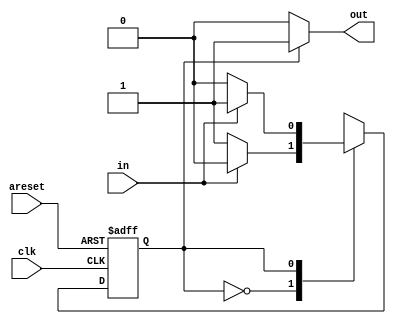
module top_module(
    input clk,
    input areset,    // Asynchronous reset to state B
    input in,
    output out);//  

    parameter A=1'b0, B=1'b1; 
    reg state, next_state;

    always @(*) begin    // This is a combinational always block
        // State transition logic
        case(state)
            A: next_state = in ? A : B;
            B: next_state = in ? B : A;
        endcase
    end

    always @(posedge clk, posedge areset) begin    // This is a sequential always block
        // State flip-flops with asynchronous reset
        if (areset)
            state <= B;
        else
            state <= next_state;
    end
    
    assign out = (state == B) ? 1'b1 : 1'b0;

endmodule